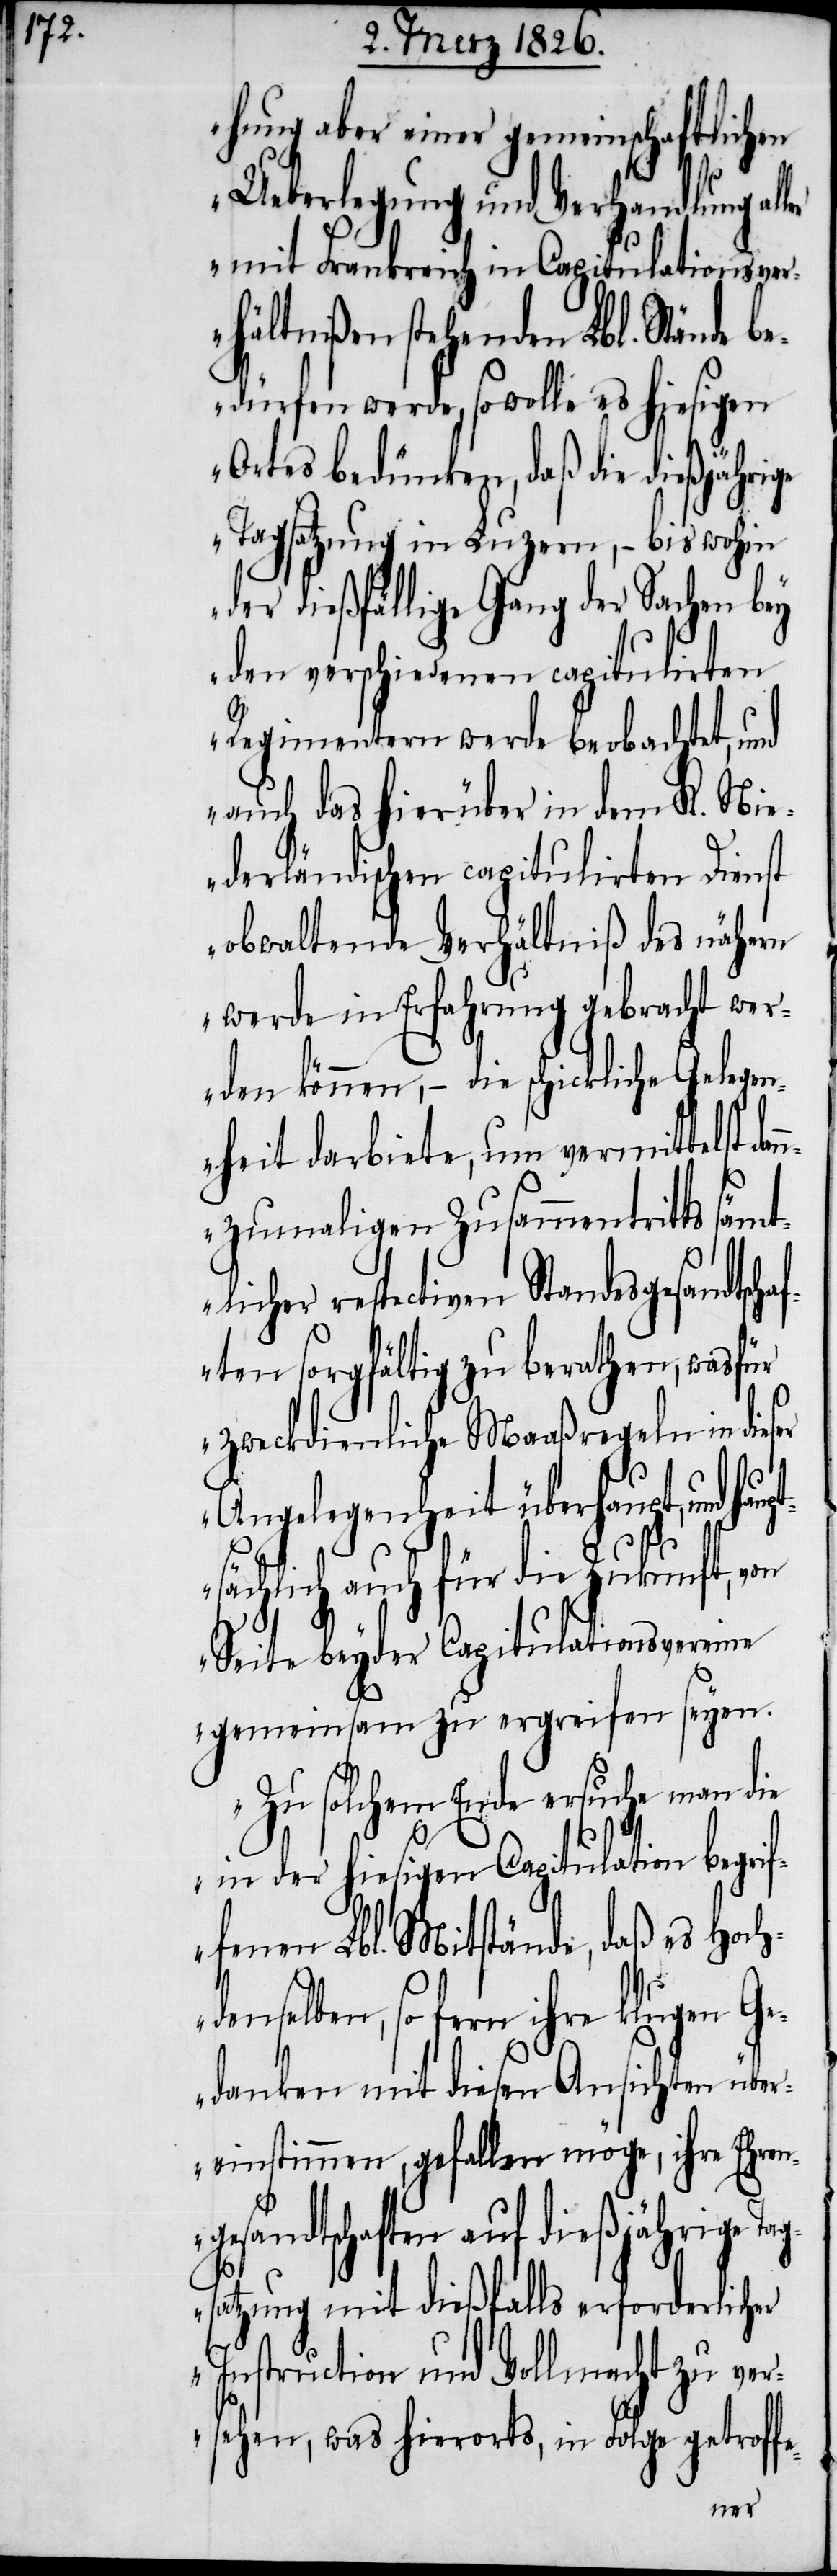
hung aber einer gemeinschaftlichen
Ueberlegung und Verhandlung al¬
mit Frankreich in Capitulationsver¬
hältnißen stehenden Lbl. Stände
bedürfen werde, so wolle es hiesigen
Ortes bedünken, daß die dießjährige
Tagsatzung in Luzern, – bis wohin
der dießfällige Gang der Sachen bey
den verschiedenen capitulirten
Regimentern werde beobachtet, und
auch das hierüber in dem K. Ni¬
ederländischen capitulirten Dienst
obwaltende Verhältniß des nähern
werde in Erfahrung gebracht wer¬
den können, – die schickliche Gelegen¬
heit darbiete, um vermittelst dan¬
nzumaligen Zusammentritts
respectiven Standesgesandsch¬
aften sorgfältig zu berathen, was für
zweckdienliche Maaßregeln in dieser
Angelegenheit überhaupt, und ha¬
sächlich auch für die Zukunft, von
Seite beyder Capitulationsvereine
gemeinsam zu ergreifen seyen.
Zu solchem Ende ersuche man die
in der hiesigen Capitulation beg¬
fenen Lbl. Mitstände, daß es Hoch¬
nselben, so fern ihre klugen Ge¬
danken mit diesen Ansichten über¬
einstimmen, gefallen möge, ihre Ehren¬
gesandtschaft auf dießjährige Ta¬
gsatzung mit dießfalls erforderlicher
Instruction und Vollmacht zu ver¬
sehen, was hierorts, in Folge getroff¬
e-